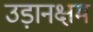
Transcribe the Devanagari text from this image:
उड़ानक्षम